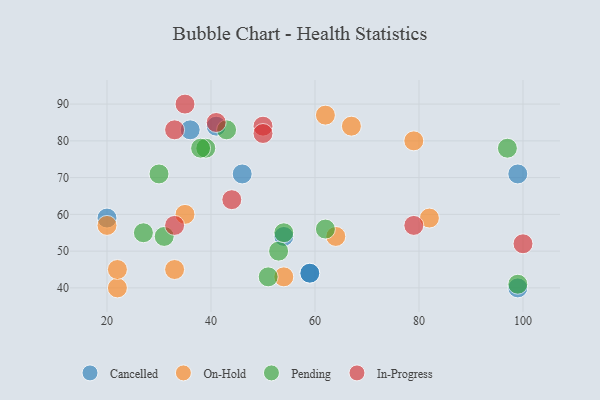
{"axis": {"x": "GDP", "y": "Life Expectancy"}, "legend": ["Cancelled", "In-Progress", "On-Hold", "Pending"], "data": [{"x": "41", "y": 84, "type": "Cancelled"}, {"x": "59", "y": 44, "type": "Cancelled"}, {"x": "46", "y": 71, "type": "Cancelled"}, {"x": "99", "y": 40, "type": "Cancelled"}, {"x": "20", "y": 59, "type": "Cancelled"}, {"x": "99", "y": 71, "type": "Cancelled"}, {"x": "54", "y": 54, "type": "Cancelled"}, {"x": "59", "y": 44, "type": "Cancelled"}, {"x": "36", "y": 83, "type": "Cancelled"}, {"x": "82", "y": 59, "type": "On-Hold"}, {"x": "54", "y": 43, "type": "On-Hold"}, {"x": "67", "y": 84, "type": "On-Hold"}, {"x": "79", "y": 80, "type": "On-Hold"}, {"x": "33", "y": 45, "type": "On-Hold"}, {"x": "22", "y": 40, "type": "On-Hold"}, {"x": "22", "y": 45, "type": "On-Hold"}, {"x": "35", "y": 60, "type": "On-Hold"}, {"x": "64", "y": 54, "type": "On-Hold"}, {"x": "62", "y": 87, "type": "On-Hold"}, {"x": "20", "y": 57, "type": "On-Hold"}, {"x": "99", "y": 41, "type": "Pending"}, {"x": "51", "y": 43, "type": "Pending"}, {"x": "62", "y": 56, "type": "Pending"}, {"x": "30", "y": 71, "type": "Pending"}, {"x": "31", "y": 54, "type": "Pending"}, {"x": "27", "y": 55, "type": "Pending"}, {"x": "39", "y": 78, "type": "Pending"}, {"x": "53", "y": 50, "type": "Pending"}, {"x": "38", "y": 78, "type": "Pending"}, {"x": "97", "y": 78, "type": "Pending"}, {"x": "54", "y": 55, "type": "Pending"}, {"x": "43", "y": 83, "type": "Pending"}, {"x": "35", "y": 90, "type": "In-Progress"}, {"x": "33", "y": 83, "type": "In-Progress"}, {"x": "50", "y": 84, "type": "In-Progress"}, {"x": "33", "y": 57, "type": "In-Progress"}, {"x": "41", "y": 85, "type": "In-Progress"}, {"x": "79", "y": 57, "type": "In-Progress"}, {"x": "50", "y": 82, "type": "In-Progress"}, {"x": "44", "y": 64, "type": "In-Progress"}, {"x": "100", "y": 52, "type": "In-Progress"}]}